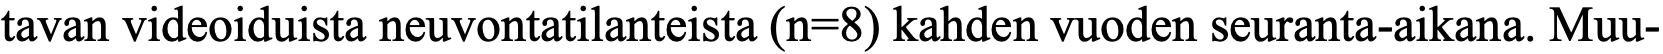
tavan videoiduista neuvontatilanteista (n=8) kahden vuoden seuranta-aikana. Muu-